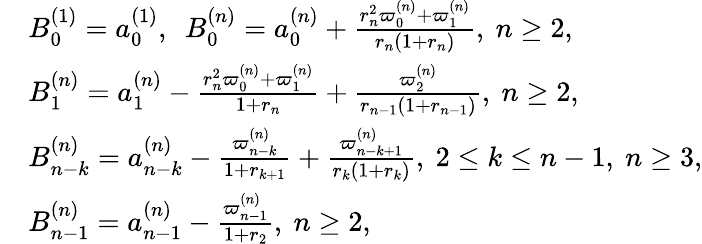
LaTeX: \begin{array}{rl}&{B_{0}^{(1)}=a_{0}^{(1)},~~B_{0}^{(n)}=a_{0}^{(n)}+\frac{r_{n}^{2}\varpi_{0}^{(n)}+\varpi_{1}^{(n)}}{r_{n}(1+r_{n})},~n\ge 2,}\\ &{B_{1}^{(n)}=a_{1}^{(n)}-\frac{r_{n}^{2}\varpi_{0}^{(n)}+\varpi_{1}^{(n)}}{1+r_{n}}+\frac{\varpi_{2}^{(n)}}{r_{n-1}(1+r_{n-1})},~n\ge 2,}\\ &{B_{n-k}^{(n)}=a_{n-k}^{(n)}-\frac{\varpi_{n-k}^{(n)}}{1+r_{k+1}}+\frac{\varpi_{n-k+1}^{(n)}}{r_{k}(1+r_{k})},~2\le k\le n-1,~n\ge 3,}\\ &{B_{n-1}^{(n)}=a_{n-1}^{(n)}-\frac{\varpi_{n-1}^{(n)}}{1+r_{2}},~n\ge 2,}\end{array}